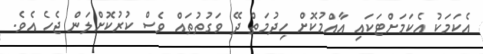
އެކަމަކު އެކަމަށްޓަކައި އާއްމުކޮށް ހިދުމަތް ދޭ ވަގުތުތައް ވެސް ކުރުކޮށްލަން ޖެހެ އެވެ.